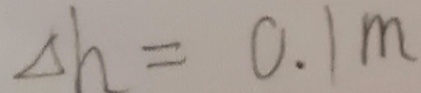
\Delta h = 0 . 1 m